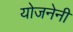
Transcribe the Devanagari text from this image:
योजनेनी